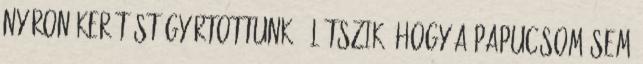
nyáron kerítést gyártottunk - Látszik, hogy a papucsom sem